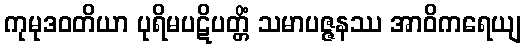
ကုမုဒဝတိယာ ပုရိမပဋိပတ္တိံ သမာပဇ္ဇနဿ အာဝိကရေယျ